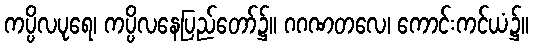
ကပ္ပိလပုရေ၊ ကပ္ပိလနေပြည်တော်၌။ ဂဂဏတလေ၊ ကောင်းကင်ယံ၌။